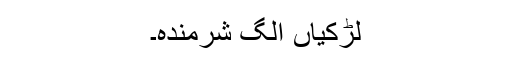
لڑکیاں الگ شرمندہ۔